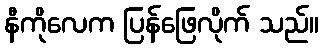
နီကိုလေက ပြန်ဖြေလိုက် သည်။